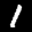
Label: 1